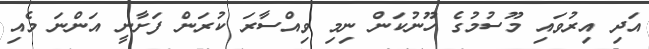
އަދި އިރުވައި މޫސުމުގެ ހޫނުކަން ނިމި ވިއްސާރަ ކުރަން ފަށާނީ އަންނަ މެއި